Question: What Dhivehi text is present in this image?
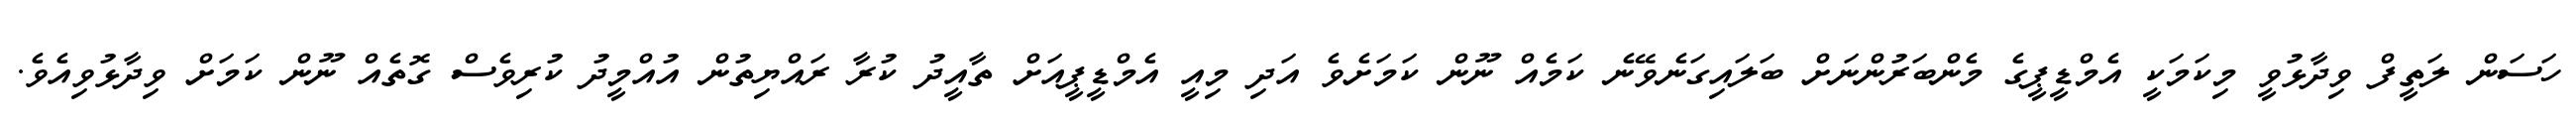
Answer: ހަސަން ލަތީފް ވިދާޅުވީ މިކަމަކީ އެމްޑީޕީގެ މެންބަރުންނަށް ބަލައިގަނެވޭނެ ކަމެއް ނޫން ކަމަށެވެ އަދި މިއީ އެމްޑީޕީއަށް ތާއީދު ކުރާ ރައްޔިތުން އުއްމީދު ކުރިވެސް ގޮތެއް ނޫން ކަމަށް ވިދާޅުވިއެވެ.